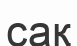
сақ